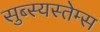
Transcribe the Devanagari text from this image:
सुब्स्यस्तेम्स